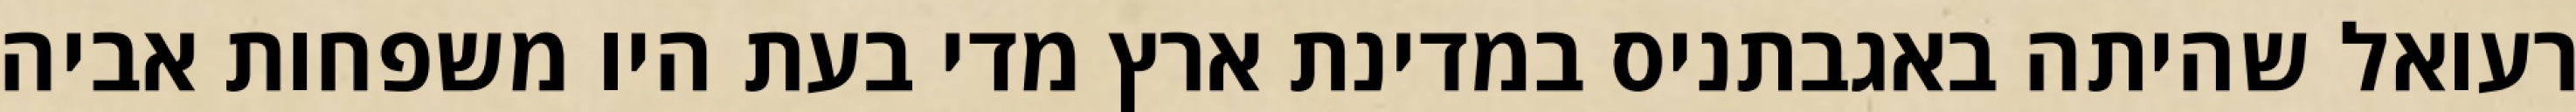
רעואל שהיתה באגבתניס במדינת ארץ מדי בעת היו משפחות אביה